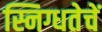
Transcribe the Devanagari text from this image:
स्निग्धतेचें